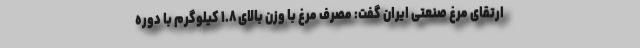
ارتقای مرغ صنعتی ایران گفت: مصرف مرغ با وزن بالای ۱.۸ کیلوگرم با دوره